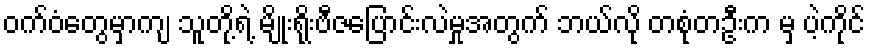
ဝက်ဝံတွေမှာကျ သူတို့ရဲ့ မျိုးရိုးဗီဇပြောင်းလဲမှုအတွက် ဘယ်လို တစုံတဦးက မှ ပဲ့ကိုင်